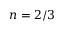
n = 2 / 3